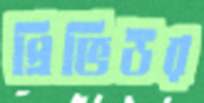
প্রিভিউর